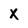
Character: X